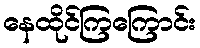
နေထိုင်ကြကြောင်း